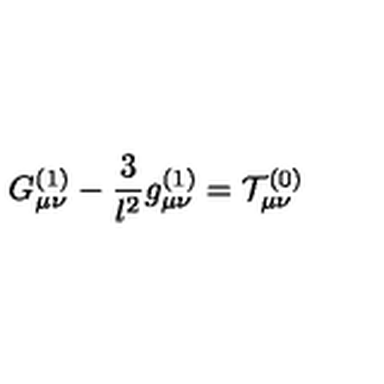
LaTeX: G _ { \mu \nu } ^ { ( 1 ) } - \frac 3 { l ^ { 2 } } g _ { \mu \nu } ^ { ( 1 ) } = \mathcal { T } _ { \mu \nu } ^ { ( 0 ) }